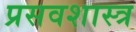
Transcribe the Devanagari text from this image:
प्रसवशास्त्र